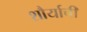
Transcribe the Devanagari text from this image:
शौर्याचीं